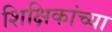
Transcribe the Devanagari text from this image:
शिक्षिकांच्या